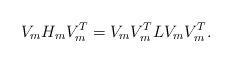
LaTeX: \begin{align*}V_mH_mV_m^T =V_mV_m^T LV_mV_m^T.\end{align*}